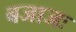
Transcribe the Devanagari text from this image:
बजाजः